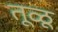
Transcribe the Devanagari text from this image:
तूळू